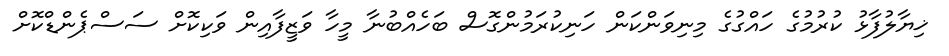
ޚިޔާލުފާޅު ކުރުމުގެ ހައްގުގެ މިނިވަންކަން ހަނިކުރަމުންގޮސް ބަހެއްބުނާ މީހާ ވަޒީފާއިން ވަކިކޮށް ސަސްޕެންޑްކޮށް